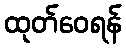
ထုတ်ဝေရန်